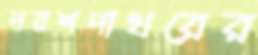
পরশপাথরের